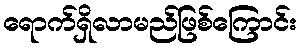
ရောက်ရှိလာမည်ဖြစ်ကြောင်း